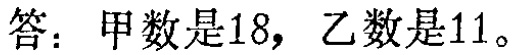
答：甲数是18，乙数是11。